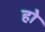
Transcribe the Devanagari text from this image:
हो